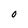
Character: O